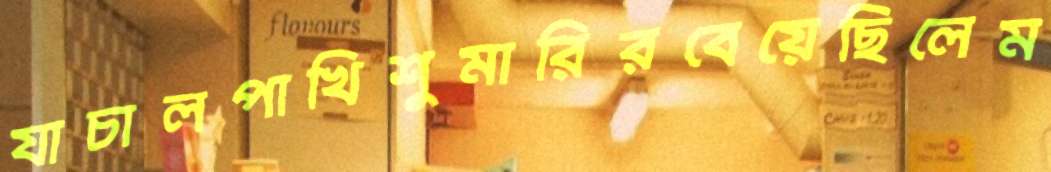
যাচালপাখিশুমারিরবেয়েছিলেম